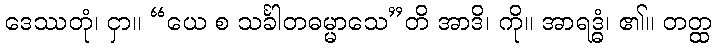
ဒေဿတုံ၊ ငှာ။ “ယေ စ သင်္ခါတဓမ္မာသေ”တိ အာဒိ၊ ကို။ အာရဒ္ဓံ၊ ၏။ တတ္ထ